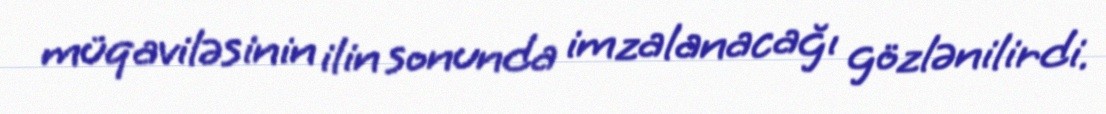
müqaviləsinin ilin sonunda imzalanacağı gözlənilirdi.